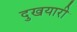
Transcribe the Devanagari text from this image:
दुखयारी